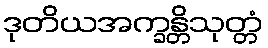
ဒုတိယအက္ခန္တိသုတ္တံ